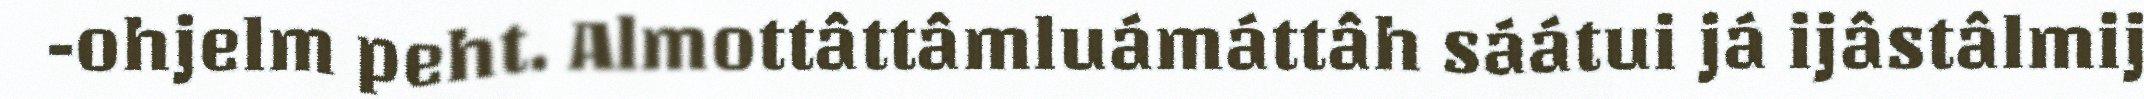
-ohjelm peht. Almottâttâmluámáttâh sáátui já ijâstâlmij